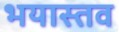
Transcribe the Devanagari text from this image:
भयास्तव